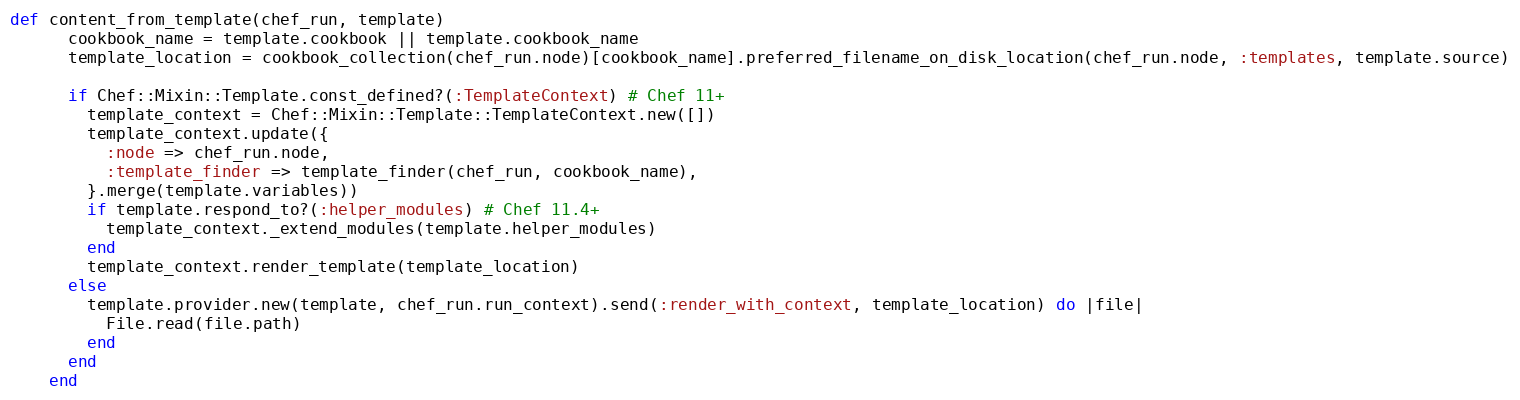
Language: Ruby
def content_from_template(chef_run, template)
      cookbook_name = template.cookbook || template.cookbook_name
      template_location = cookbook_collection(chef_run.node)[cookbook_name].preferred_filename_on_disk_location(chef_run.node, :templates, template.source)

      if Chef::Mixin::Template.const_defined?(:TemplateContext) # Chef 11+
        template_context = Chef::Mixin::Template::TemplateContext.new([])
        template_context.update({
          :node => chef_run.node,
          :template_finder => template_finder(chef_run, cookbook_name),
        }.merge(template.variables))
        if template.respond_to?(:helper_modules) # Chef 11.4+
          template_context._extend_modules(template.helper_modules)
        end
        template_context.render_template(template_location)
      else
        template.provider.new(template, chef_run.run_context).send(:render_with_context, template_location) do |file|
          File.read(file.path)
        end
      end
    end